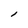
Character: l